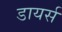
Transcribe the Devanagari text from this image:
डायर्स